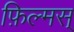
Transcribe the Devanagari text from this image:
फ़िल्मस्